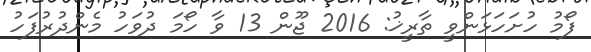
ފޯމު ހުށަހަޅަންވީ ތާރީޚު: 2016 ޖޫން 13 ވާ ހޯމަަ ދުވަހު މެންދުރުފަހު